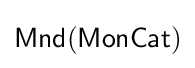
{\mathsf {Mnd(MonCat)}}